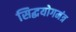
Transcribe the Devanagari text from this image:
सिद्धयोगमंत्र